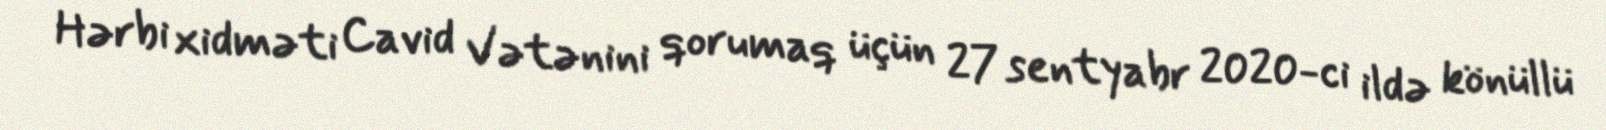
Hərbi xidməti Cavid Vətənini qorumaq üçün 27 sentyabr 2020-ci ildə könüllü